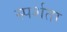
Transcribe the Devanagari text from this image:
स्पर्शता